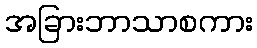
အခြားဘာသာစကား